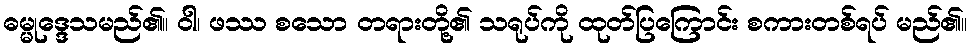
ဓမ္မုဒ္ဒေသမည်၏။ ဝါ၊ ဖဿ စသော တရားတို့၏ သရုပ်ကို ထုတ်ပြကြောင်း စကားတစ်ရပ် မည်၏။